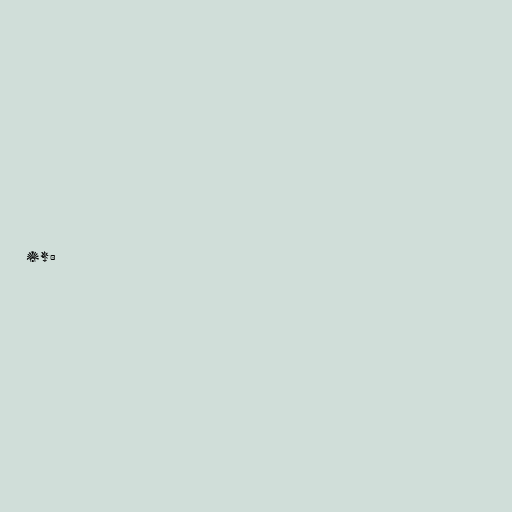
ir: